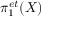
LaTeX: \pi _ { 1 } ^ { e t } ( X )